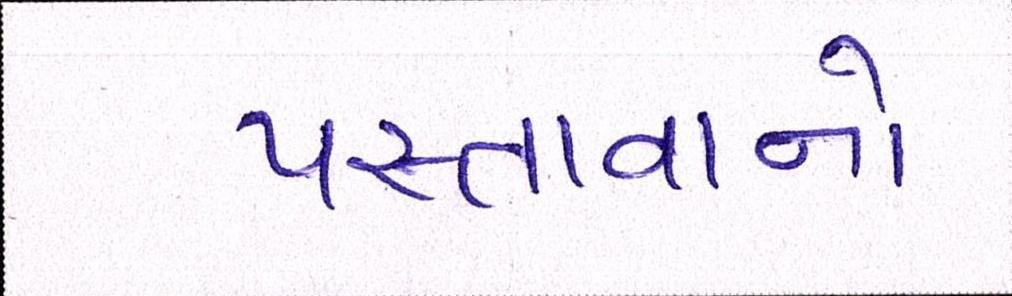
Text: પસ્તાવાનો